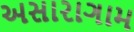
અસારાગામ